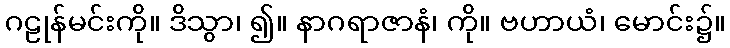
ဂဠုန်မင်းကို။ ဒိသွာ၊ ၍။ နာဂရာဇာနံ၊ ကို။ ဗဟာယံ၊ မောင်း၌။